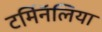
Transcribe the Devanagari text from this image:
टर्मिनॅलिया